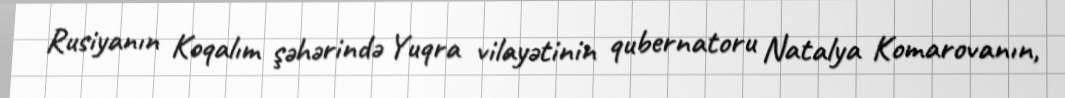
Rusiyanın Koqalım şəhərində Yuqra vilayətinin qubernatoru Natalya Komarovanın,